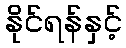
နိုင်ရန်နှင့်